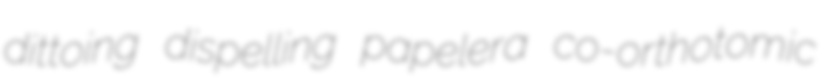
dittoing dispelling papelera co-orthotomic